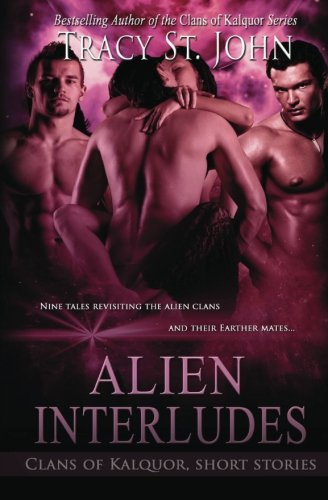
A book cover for Alien Interludes:  Clans of Kalquor Short Stories; Tracy St. John; Romance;